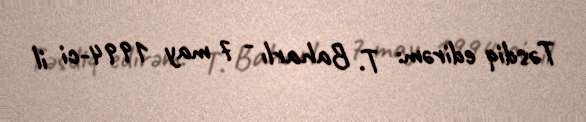
Təsdiq edirəm: T. Baharlı - 7 may 1994-ci il